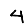
Digit: 4